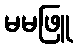
မမဖြူ